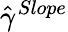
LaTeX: \hat{\gamma}^{Slope}